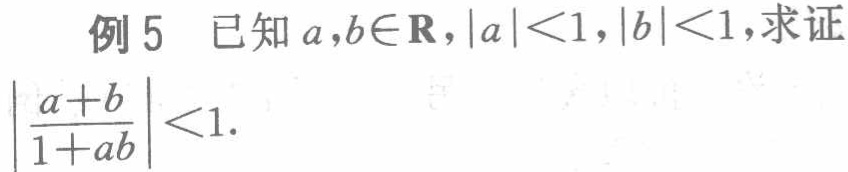
例5 已知\(a,b\in\mathbf{R}\)，\(\vert a\vert<1\)，\(\vert b\vert<1\)，求证\(\left|\frac{a + b}{1 + ab}\right|<1\).